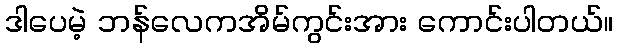
ဒါပေမဲ့ ဘန်လေကအိမ်ကွင်းအား ကောင်းပါတယ်။